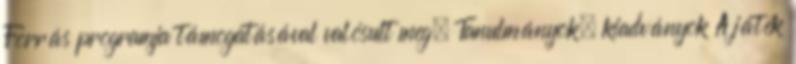
Forrás programja támogatásával valósult meg. Tanulmányok, kiadványok A játék